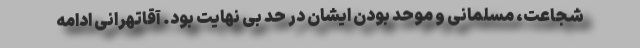
شجاعت، مسلمانی و موحد بودن ایشان در حد بی نهایت بود. آقاتهرانی ادامه